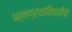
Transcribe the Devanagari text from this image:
धर्मग्रंथांविषयीचे